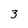
Character: 3